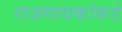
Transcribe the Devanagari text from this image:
राजगायकांकडे